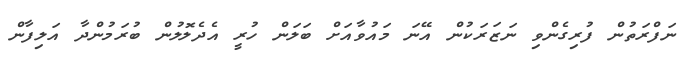
ނަފްރަތުން ފުރިގެންވި ނަޒަރަކުން އޭނަ މައުވާއަށް ބަލަން ހުރީ އެދެލޮލުން ބުރަމުންދާ އަލިފާން